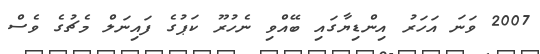
2007 ވަނަ އަހަރު އިންޑިޔާގައި ބޭއްވި ނެހުރޫ ކަޕުގެ ފައިނަލް މެޗުގެ ވެސް